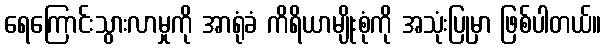
ရေကြောင်းသွားလာမှုကို အာရုံခံ ကိရိယာမျိုးစုံကို အသုံးပြုမှာ ဖြစ်ပါတယ်။